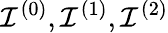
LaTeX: \mathcal{I}^{(0)},\mathcal{I}^{(1)},\mathcal{I}^{(2)}